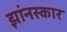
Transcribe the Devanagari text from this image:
झांनस्कार